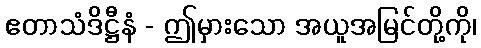
ဧတာသံဒိဋ္ဌီနံ - ဤမှားသော အယူအမြင်တို့ကို၊